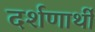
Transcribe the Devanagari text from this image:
दर्शणार्थी